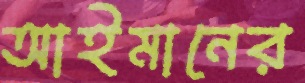
আইমানের